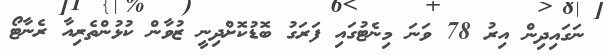
ނަގައިދިން އިރު 78 ވަނަ މިނެޓުގައި ފަރަގު ބޮޑުކޮށްދިނީ ޒުވާން ކުޅުންތެރިއާ ރެނާޓޯ